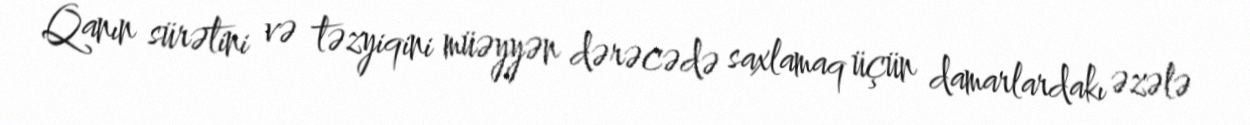
Qanın sürətini və təzyiqini müəyyən dərəcədə saxlamaq üçün damarlardakı əzələ